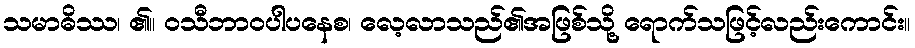
သမာဓိဿ၊ ၏။ ဝသီဘာဝပါပနေစ၊ လေ့လာသည်၏အဖြစ်သို့ ရောက်သဖြင့်လည်းကောင်း။